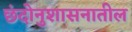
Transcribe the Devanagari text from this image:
छंदोनुशासनातील